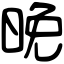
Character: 晚